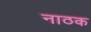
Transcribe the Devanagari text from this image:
नाठक